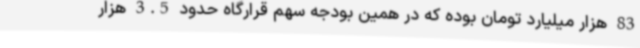
83 هزار میلیارد تومان بوده که در همین بودجه سهم قرارگاه حدود 3.5 هزار